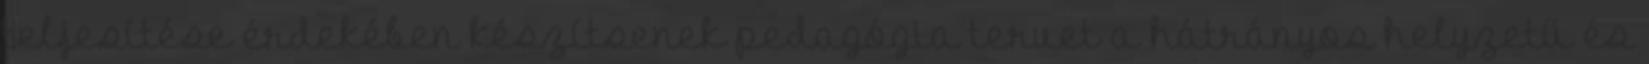
teljesítése érdekében készítsenek pedagógia tervet a hátrányos helyzetű és